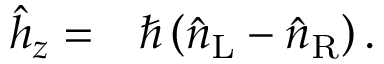
\begin{array} { r l } { \hat { h } _ { z } = } & { { } \hbar \left( \hat { n } _ { \mathrm { L } } - \hat { n } _ { \mathrm { R } } \right) . } \end{array}